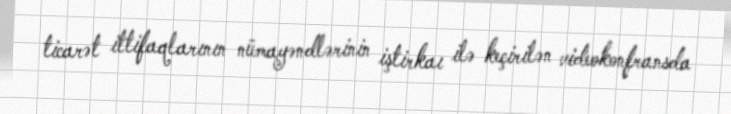
ticarət ittifaqlarının nümayəndlərinin iştirkaı ilə keçirilən videokonfransda